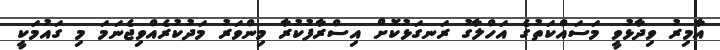
އާމިރު ވިދާޅުވީ މަސައްކަތުގެ އަހްލާގު ރަނގަޅުކޮށް އިސްރާފުކުރާ މިންވަރު މަދުކުރެއްވިޖެނަމަ މި ގައުމަކީ